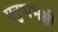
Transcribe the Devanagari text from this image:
मनुष्यभक्षी